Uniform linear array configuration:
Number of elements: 4
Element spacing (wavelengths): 0.25
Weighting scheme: binomial
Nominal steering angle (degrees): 45
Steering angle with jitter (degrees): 43.269
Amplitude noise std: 0.05
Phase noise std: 0.05

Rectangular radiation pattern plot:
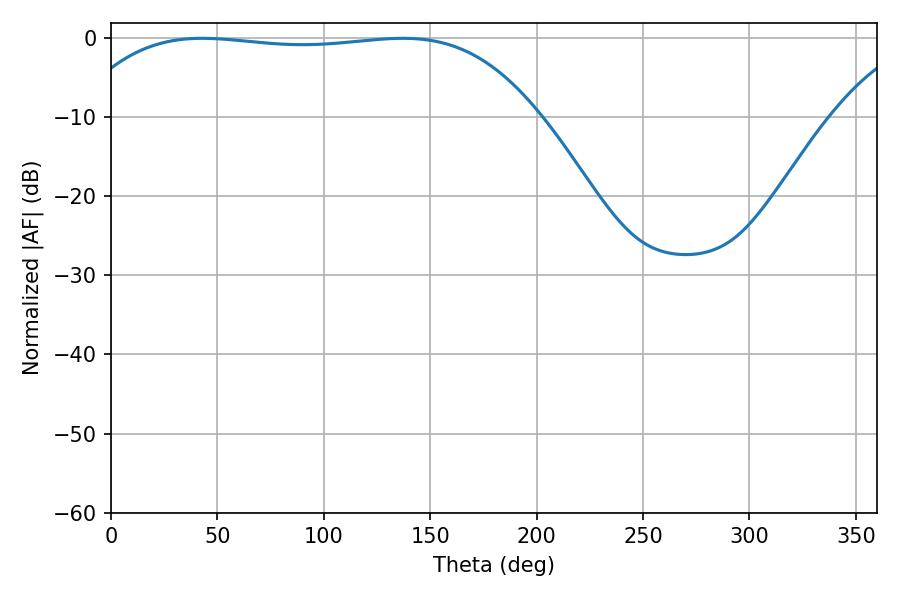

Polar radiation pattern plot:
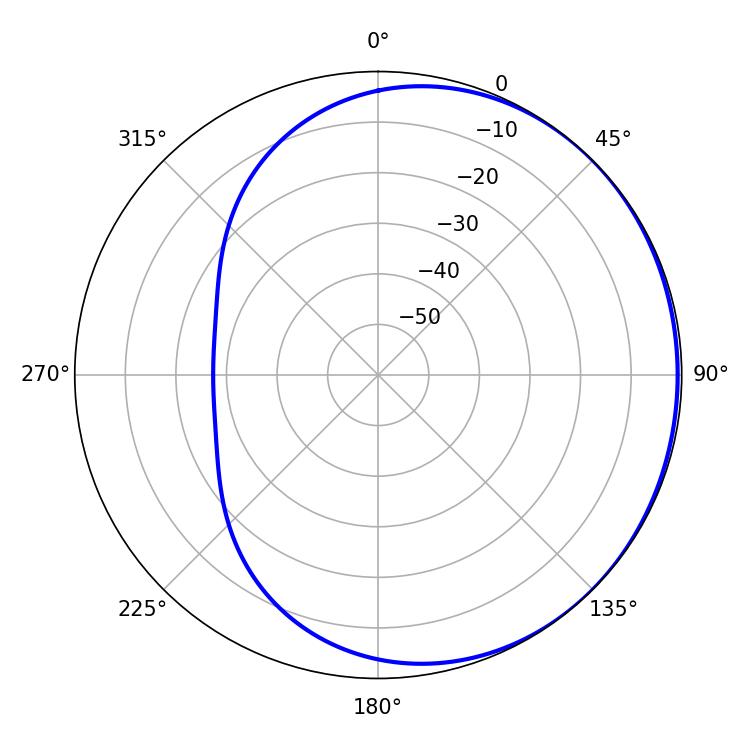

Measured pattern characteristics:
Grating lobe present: FALSE
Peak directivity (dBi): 0.5892
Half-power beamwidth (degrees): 171.72
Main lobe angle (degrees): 42.84